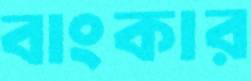
বাংকার